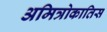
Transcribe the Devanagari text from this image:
अमित्रोकातिस